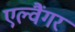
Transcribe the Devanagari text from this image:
एल्वैंगर